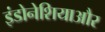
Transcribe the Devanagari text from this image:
इंडोनेशियाऔर